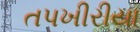
તપખીરીયા